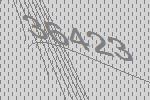
36423